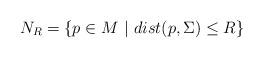
LaTeX: \begin{align*}N_R=\{p\in M\mbox{ }|\mbox{ }dist(p,\Sigma)\leq R\}\end{align*}